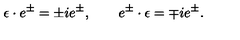
\epsilon \cdot e ^ { \pm } = \pm i e ^ { \pm } , \qquad e ^ { \pm } \cdot \epsilon = \mp i e ^ { \pm } .